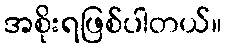
အစိုးရဖြစ်ပါတယ်။